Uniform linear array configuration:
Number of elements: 64
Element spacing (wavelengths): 0.75
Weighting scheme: binomial
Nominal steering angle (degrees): -15
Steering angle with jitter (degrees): -14.445
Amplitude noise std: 0.05
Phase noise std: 0.05

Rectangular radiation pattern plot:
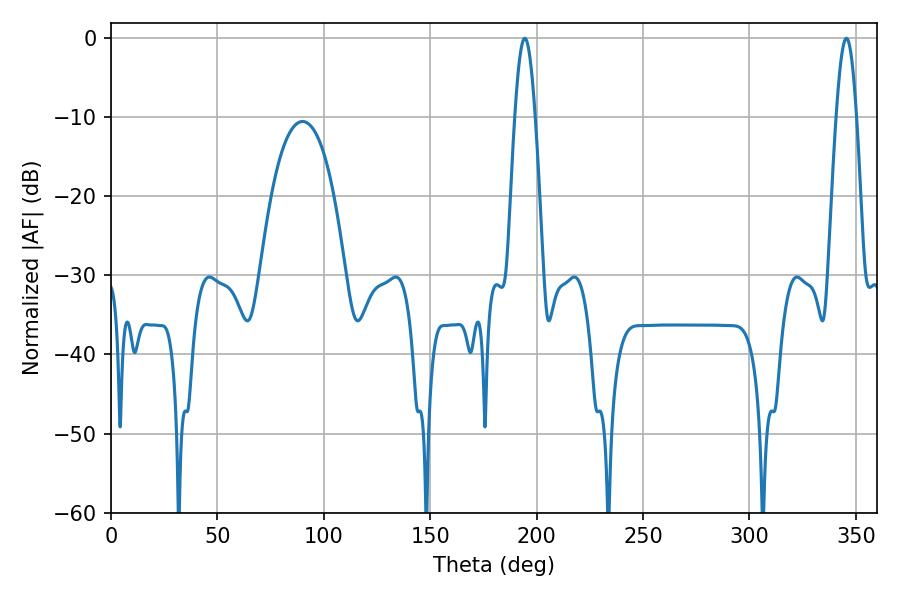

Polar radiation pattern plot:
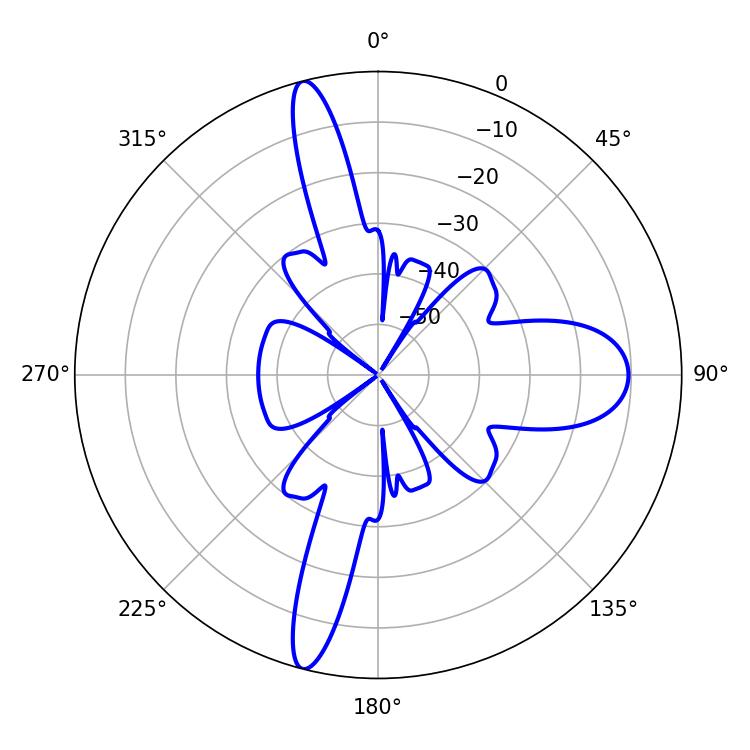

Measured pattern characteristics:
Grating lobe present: TRUE
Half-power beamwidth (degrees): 5.22
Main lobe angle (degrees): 194.4